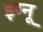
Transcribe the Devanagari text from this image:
इग्‍नू